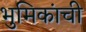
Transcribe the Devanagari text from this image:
भुमिकांची